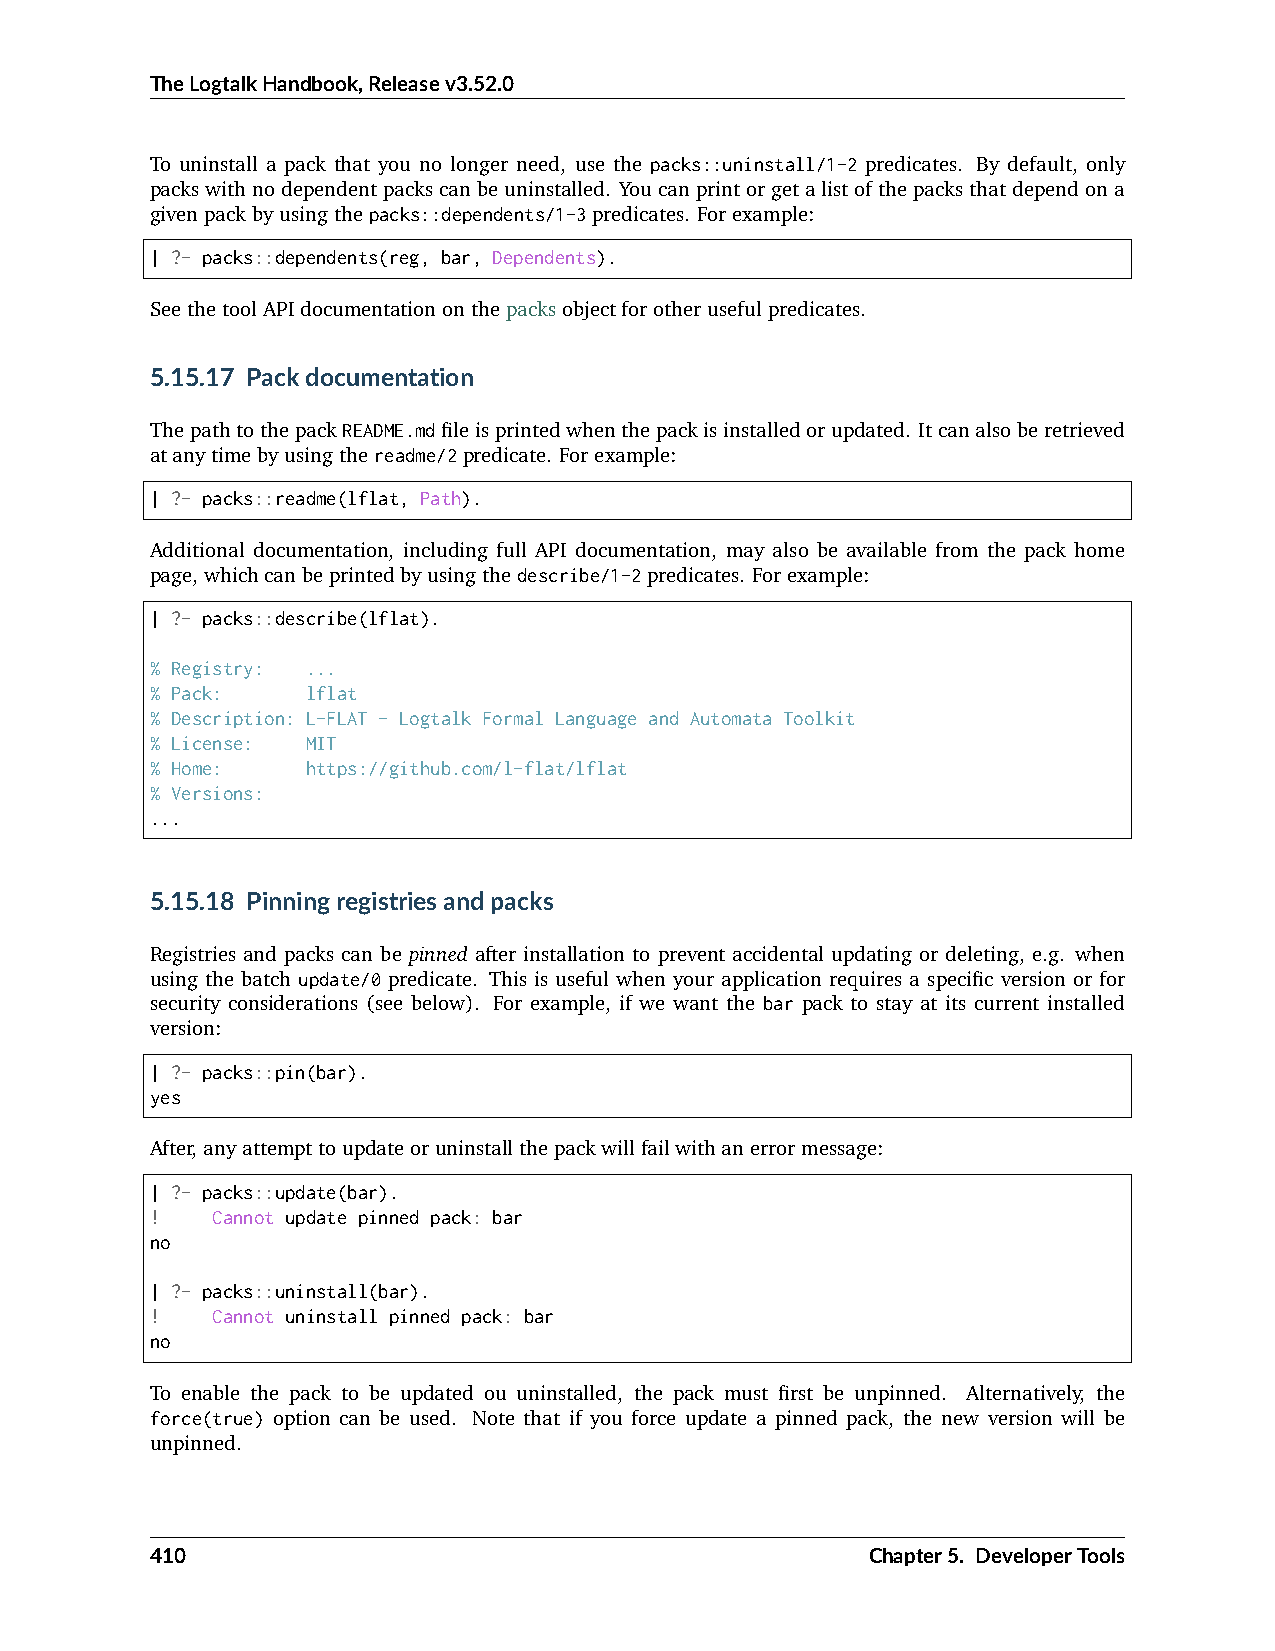
TheLogtalkHandbook,Releasev3.52.0
 To uninstall a pack that you no longer need, use the packs::uninstall/1-2 predicates. By default, only
 packswithnodependentpackscanbeuninstalled. Youcanprintorgetalistofthepacksthatdependona
 givenpackbyusingthepacks::dependents/1-3predicates. Forexample:
 | ?- packs::dependents(reg, bar, Dependents).
 SeethetoolAPIdocumentationonthepacksobjectforotherusefulpredicates.
 5.15.17 Packdocumentation
 ThepathtothepackREADME.mdfileisprintedwhenthepackisinstalledorupdated. Itcanalsoberetrieved
 atanytimebyusingthereadme/2predicate. Forexample:
 | ?- packs::readme(lflat, Path).
 Additional documentation, including full API documentation, may also be available from the pack home
 page,whichcanbeprintedbyusingthedescribe/1-2predicates. Forexample:
 | ?- packs::describe(lflat).
 % Registry: ...
 % Pack:   lflat
 % Description: L-FLAT - Logtalk Formal Language and Automata Toolkit
 % License: MIT
 % Home:   https://github.com/l-flat/lflat
 % Versions:
 ...
 5.15.18 Pinningregistriesandpacks
 Registries and packs can be pinned after installation to prevent accidental updating or deleting, e.g. when
 using the batch update/0 predicate. This is useful when your application requires a specific version or for
 security considerations (see below). For example, if we want the bar pack to stay at its current installed
 version:
 | ?- packs::pin(bar).
 yes
 After,anyattempttoupdateoruninstallthepackwillfailwithanerrormessage:
 | ?- packs::update(bar).
 !   Cannot update pinned pack: bar
 no
 | ?- packs::uninstall(bar).
 !   Cannot uninstall pinned pack: bar
 no
 To enable the pack to be updated ou uninstalled, the pack must first be unpinned. Alternatively, the
 force(true) option can be used. Note that if you force update a pinned pack, the new version will be
 unpinned.
 410                                             Chapter5. DeveloperTools